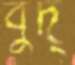
বুদ্